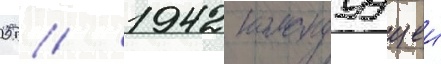
05 // 1942 командуущии